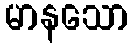
မာနသော